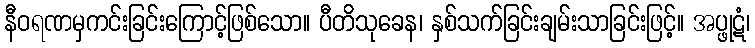
နီဝရဏမှကင်းခြင်းကြောင့်ဖြစ်သော။ ပီတိသုခေန၊ နှစ်သက်ခြင်းချမ်းသာခြင်းဖြင့်။ အပ္ဖုဋံ၊